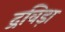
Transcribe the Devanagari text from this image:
द्रविड़ा